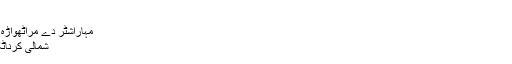
حیدرآبادی اردو - وکیپیڈیا
دکنی اُردو
حیدر آبادی اُردو
مہاراشٹر دے مراٹھواڑہ دے 8 ضلعےآں وچ
شمالی کرناٹک دے ضلعےآں وچ
urd-dak
اُردو دی اوہ بولی جو بھارت دی ریاست تلنگانہ دے پایۂ تخت حیدرآباد، تلنگانہ دے ضلعےآں وچ، ریاست کرناٹک تے ریاست مہاراشٹر دے 8 ضلعےآں وچ بولی جاتی ہے۔